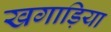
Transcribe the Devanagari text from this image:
खगाड़िया